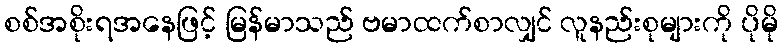
စစ်အစိုးရအနေဖြင့် မြန်မာသည် ဗမာထက်စာလျှင် လူနည်းစုများကို ပိုမို